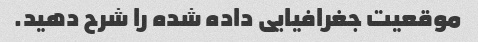
موقعیت جغرافیایی داده شده را شرح دهید.